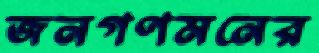
জনগণমনের